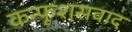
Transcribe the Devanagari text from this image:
कन्फूशसवाद